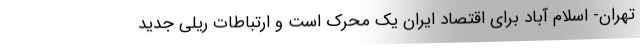
تهران- اسلام آباد برای اقتصاد ایران یک محرک است و ارتباطات ریلی جدید